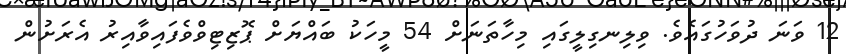
12 ވަނަ ދުވަހުގައެވެ. ވިލިނގިލީގައި މިހާތަނަށް 54 މީހަކު ބައްޔަށް ޕޮޒިޓިވްވެފައިވާއިރު އެރަށުން